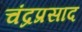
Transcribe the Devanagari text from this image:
चंद्रप्रसाद